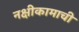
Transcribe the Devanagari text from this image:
नक्षीकामाची